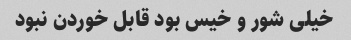
خیلی شور و خیس بود قابل خوردن نبود